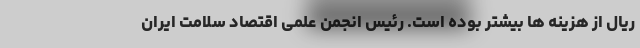
ریال از هزینه ها بیشتر بوده است. رئیس انجمن علمی اقتصاد سلامت ایران